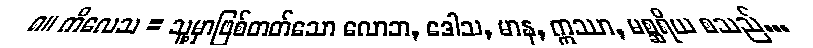
၈။ ကိလေသ = သူ့မှာဖြစ်တတ်သော လောဘ, ဒေါသ, မာန, ဣဿာ, မစ္ဆရိယ စသည်...